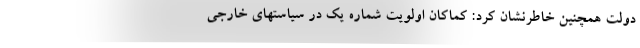
دولت همچنین خاطرنشان کرد: کماکان اولویت شماره یک در سیاستهای خارجی